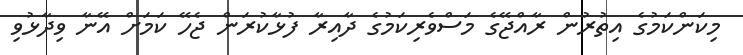
މިކަންކަމުގެ އިތުރުން ރާއްޖޭގެ މަސްވެރިކަމުގެ ދާއިރާ ފުޅާކުރަން ޖެހޭ ކަމަށް އޭނާ ވިދާޅުވި